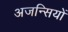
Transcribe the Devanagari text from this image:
अजन्सियों